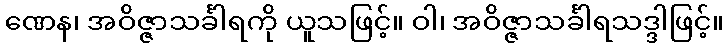
ဏေန၊ အဝိဇ္ဇာသင်္ခါရကို ယူသဖြင့်။ ဝါ၊ အဝိဇ္ဇာသင်္ခါရသဒ္ဒါဖြင့်။